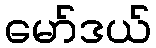
မော်ဒယ်